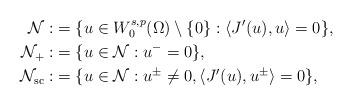
LaTeX: \begin{align*}{\mathcal N}:&=\{u\in W^{s, p}_0(\Omega)\setminus\{0\}: \langle J'(u), u\rangle =0\},\\{\mathcal N}_+:&=\{u\in {\mathcal N}: u^-=0\},\\{\mathcal N}_{\rm sc}:&=\{u\in {\mathcal N}: u^\pm\neq 0, \langle J'(u), u^\pm\rangle =0\},\end{align*}